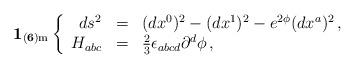
LaTeX: \begin{align*}{\bf 1_{(6){\rm m}}}\left\{\begin{array}{rcl}ds^2 &=& (dx^0)^2-(dx^1)^2 - e^{2{\phi}}(dx^a)^2\, ,\\{H}_{abc} &=& {\textstyle\frac{2}{3}}\epsilon_{abcd}\partial^d {\phi}\,, \end{array}\right.\end{align*}